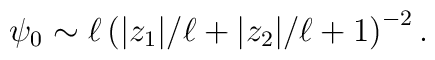
\psi_0\sim \ell\,\big(|z_1|/\ell+|z_2|/\ell+1\big)^{-2}\,.